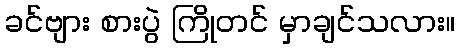
ခင်ဗျား စားပွဲ ကြိုတင် မှာချင်သလား။